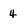
Character: 4